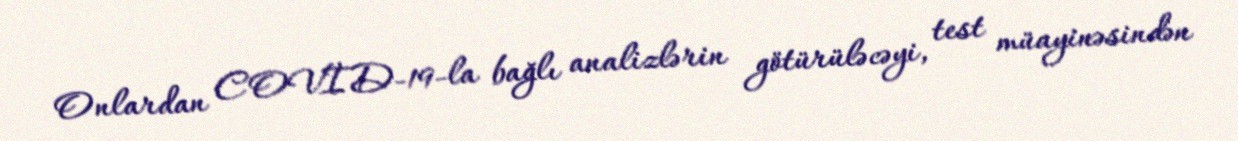
Onlardan COVİD-19-la bağlı analizlərin götürüləcəyi, test müayinəsindən